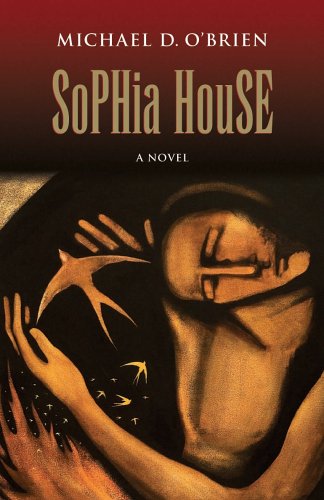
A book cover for Sophia House (Children of the Last Days); Michael D. O'Brien; Literature & Fiction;